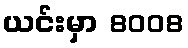
ယင်းမှာ 8008